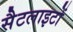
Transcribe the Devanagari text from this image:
सैटलाइटों